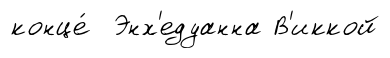
конце́ Энх'едуанна В'иккой